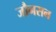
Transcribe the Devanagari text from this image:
जौनसन